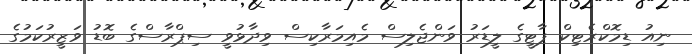
ނިއު ޑިމޮކްރެޓިކް ޕާޓީގެ ލީޑަރު ވަންޖެލިސް މެއިމަރާކިސް ވިދާޅުވީ ސިޕްރާސްގެ ބޮޑު ވަޒީރުކަމުގެ